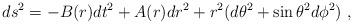
LaTeX: \begin{align*}ds^2=-B(r)dt^2+A(r)dr^2+r^2(d\theta^2+\sin\theta^2d\phi^2) \ ,\end{align*}